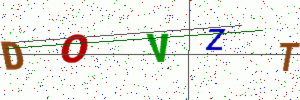
Text: DOVZT